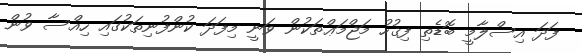
ފަދަ އިސްލާމީ ބޮޑެތި ފިޤުހު މަޖްމަޢްތަކުން ވަނީ މިފަދަ ކުންފުނިތަކުގައި ހިއްސާ ވުން